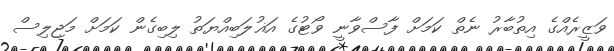
ވަޒީރެއްގެ އިތުބާރު ނެތް ކަމަށް ފާސްވާނީ ވޯޓުގެ އަޣުލަބިއްޔަތު ލިބިގެން ކަމަށް މަޖިލިސް